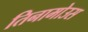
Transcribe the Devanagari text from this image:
तिनामोउस